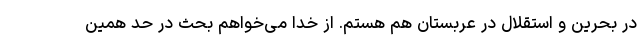
در بحرین و استقلال در عربستان هم هستم. از خدا می‌خواهم بحث در حد همین